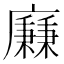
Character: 𢋯